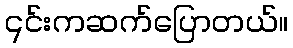
၎င်းကဆက်ပြောတယ်။